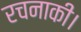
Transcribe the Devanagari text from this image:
रचनाकी।